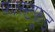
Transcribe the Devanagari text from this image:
फ़ास्टफ़ूड